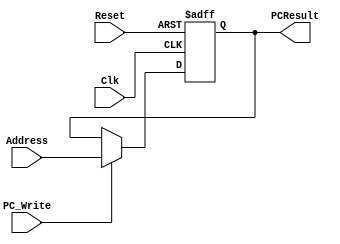
`timescale 1ns / 1ps
//////////////////////////////////////////////////////////////////////////////////
// Company: 
// Engineer: 
// 
// Design Name: 
// Module Name: ProgramCounter
// Project Name: 
// Target Devices: 
// Tool Versions: 
// Description: 
// 
// Dependencies: 
// 
// Revision:
// Revision 0.01 - File Created
// Additional Comments:
// 
//////////////////////////////////////////////////////////////////////////////////

module ProgramCounter(Address, PCResult, Reset, Clk, PC_Write);

	input [31:0] Address;
	input Reset, Clk, PC_Write;
	output reg [31:0] PCResult;
    
    initial 
    begin
        PCResult <= 32'b0;
    end
    
    always @(posedge Clk or posedge Reset) begin         
        if (Reset==1)
             PCResult <= 32'b0;
        else
            if (PC_Write) begin
                PCResult <= Address; 
            end   
    end

endmodule